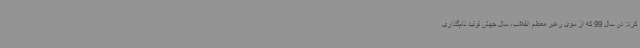
کرد: در سال 99 که از سوی رهبر معظم انقلاب، سال جهش تولید نام‌گذاری